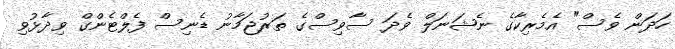
ހަދަން ވެސް" އެމެރިކާގެ ނެޝަނަލް ވެދަ ސާވިސްގެ ތަރުޖަމާނު ޑެނިސް ފެލްޓެންގް ވިދާޅުވި